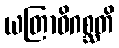
ယတြာဓိဂစ္ဆတိ